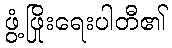
ဖွံ့ဖြိုးရေးပါတီ၏